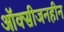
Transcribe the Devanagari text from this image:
ऑक्सीजनहीन